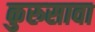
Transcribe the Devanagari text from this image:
कुरुसावा